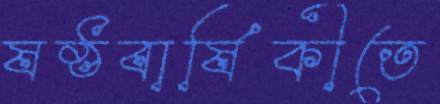
ষষ্ঠবার্ষিকীতে